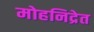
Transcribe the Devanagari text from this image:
मोहनिद्रेत